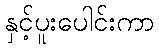
နှင့်ပူးပေါင်းကာ